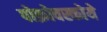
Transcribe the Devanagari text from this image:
पोक्रोवस्कोये